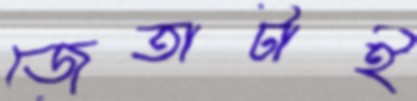
জেতাটাই